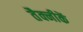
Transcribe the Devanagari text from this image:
तैक्नीकें